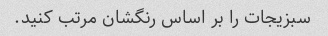
سبزیجات را بر اساس رنگشان مرتب کنید.